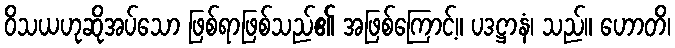
ဝိသယဟုဆိုအပ်သော ဖြစ်ရာဖြစ်သည်၏ အဖြစ်ကြောင့်။ ပဒဋ္ဌာနံ၊ သည်။ ဟောတိ၊